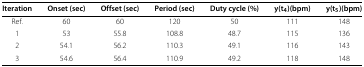
<table><thead><tr><td><b>Iteration</b></td><td><b>Onset (sec)</b></td><td><b>Offset (sec)</b></td><td><b>Period (sec)</b></td><td><b>Duty cycle (%)</b></td><td><b>y(t<sub>4</sub>)(bpm)</b></td><td><b>y(t<sub>5</sub>)(bpm)</b></td></tr></thead><tbody><tr><td>Ref.</td><td>60</td><td>60</td><td>120</td><td>50</td><td>111</td><td>148</td></tr><tr><td>1</td><td>53</td><td>55.8</td><td>108.8</td><td>48.7</td><td>115</td><td>136</td></tr><tr><td>2</td><td>54.1</td><td>56.2</td><td>110.3</td><td>49.1</td><td>116</td><td>143</td></tr><tr><td>3</td><td>54.6</td><td>56.4</td><td>110.9</td><td>49.2</td><td>118</td><td>148</td></tr></tbody></table>